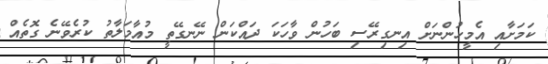
ކަމަށާއި އެމީހުންނަށް އިނގިރޭސި ބަހުން ވާހަކަ ދައްކަން ނޭނގޭތީ މުއާމަލާތު ކުރެވޭނެ ގޮތެއް